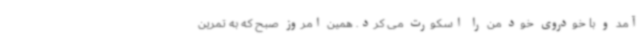
آمد و با خودروی خود من را اسکورت می کرد. همین امروز صبح که به تمرین